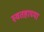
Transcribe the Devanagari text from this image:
स्वतहाच्या